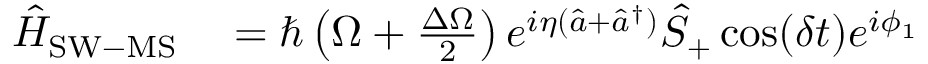
\begin{array} { r l } { \hat { H } _ { \mathrm { S W - M S } } } & { { } = \hbar \left( \Omega + \frac { \Delta \Omega } { 2 } \right) e ^ { i \eta ( \hat { a } + \hat { a } ^ { \dagger } ) } \hat { S } _ { + } \cos ( \delta t ) e ^ { i \phi _ { 1 } } } \end{array}